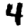
Digit: 4